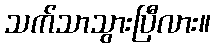
သက်သာသွားပြီလား။